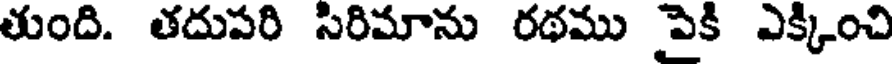
తుంది. తదుపరి సిరిమాను రథము పెకి ఎక్కించి